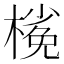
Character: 𣘽